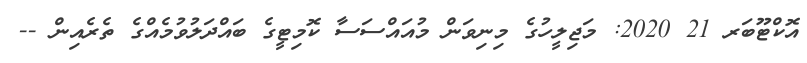
އޮކްޓޫބަރ 21 2020: މަޖިލީހުގެ މިނިވަން މުއައްސަސާ ކޮމިޓީގެ ބައްދަލުވުމެއްގެ ތެރެއިން --